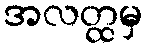
အလတ္ထမှ